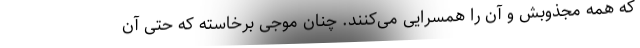
که همه مجذوبش و آن را همسرایی می‌کنند. چنان موجی برخاسته که حتی آن